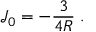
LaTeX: \mathcal { J } _ { 0 } = - \frac 3 { 4 R } \; .